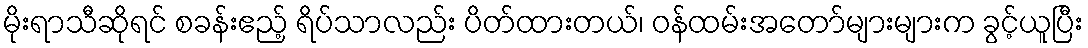
မိုးရာသီဆိုရင် စခန်းဧည့် ရိပ်သာလည်း ပိတ်ထားတယ်၊ ဝန်ထမ်းအတော်များများက ခွင့်ယူပြီး